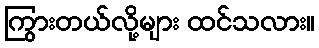
ကြွားတယ်လို့များ ထင်သလား။